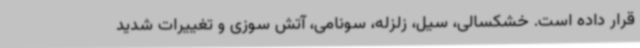
قرار داده است. خشکسالی، سیل، زلزله، سونامی، آتش سوزی و تغییرات شدید